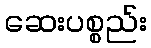
ဆေးပစ္စည်း